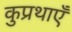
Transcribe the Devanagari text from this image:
कुप्रथाएँ